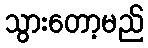
သွားတော့မည်